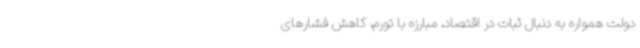
دولت همواره به دنبال ثبات در اقتصاد، مبارزه با تورم، کاهش فشارهای